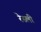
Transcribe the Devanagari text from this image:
रेस्ली